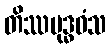
တိဿဗုဒ္ဓဝံသ